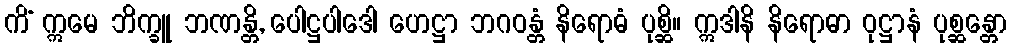
ကိံ ဣမေ ဘိက္ခူ ဘဏန္တိ, ပေါဋ္ဌပါဒေါ ဟေဋ္ဌာ ဘဂဝန္တံ နိရောဓံ ပုစ္ဆိ။ ဣဒါနိ နိရောဓာ ဝုဋ္ဌာနံ ပုစ္ဆန္တော